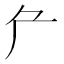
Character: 厃